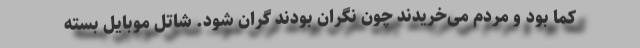
کما بود و مردم می‌خریدند چون نگران بودند گران شود. شاتل موبایل بسته